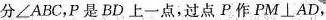
分∠ABC，P是BD上一点，过点P作PM⊥AD，